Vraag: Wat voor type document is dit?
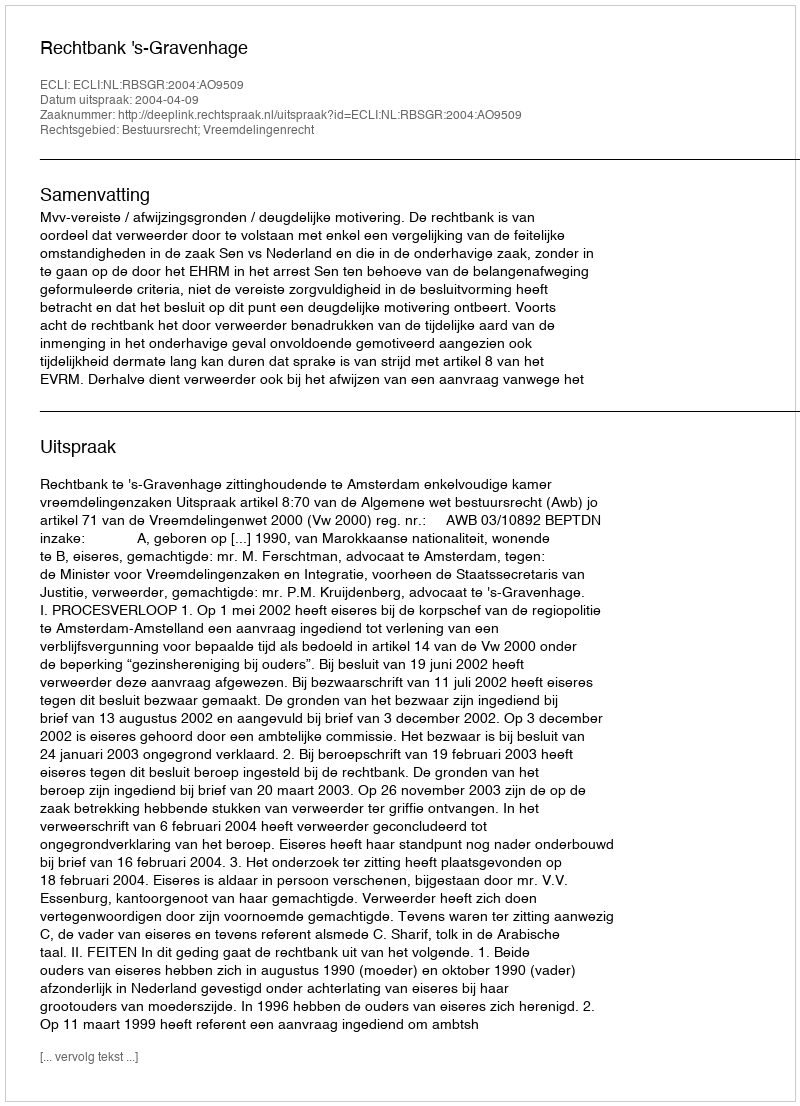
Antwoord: Uitspraak